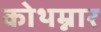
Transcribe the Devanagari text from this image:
कोथम्नार